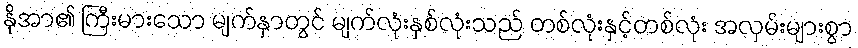
နိုအာ၏ ကြီးမားသော မျက်နှာတွင် မျက်လုံးနှစ်လုံးသည် တစ်လုံးနှင့်တစ်လုံး အလှမ်းများစွာ